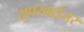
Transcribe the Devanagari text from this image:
सुपरवाईजर